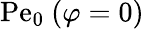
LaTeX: \mathrm{Pe}_{0}\ (\varphi=0)